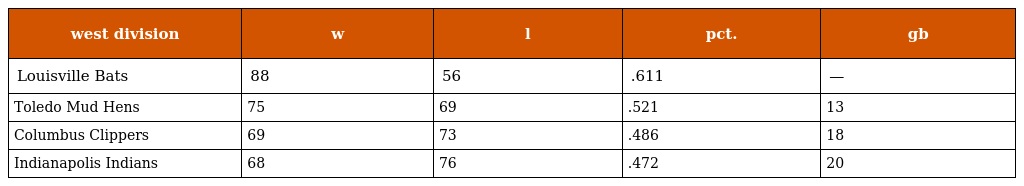
| west division | w | l | pct. | gb |
 | --- | --- | --- | --- | --- |
 | Louisville Bats | 88 | 56 | .611 | — |
 | Toledo Mud Hens | 75 | 69 | .521 | 13 |
 | Columbus Clippers | 69 | 73 | .486 | 18 |
 | Indianapolis Indians | 68 | 76 | .472 | 20 |